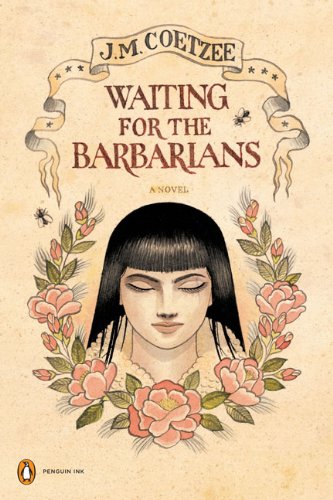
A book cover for Waiting for the Barbarians: A Novel (Penguin Ink) (The Penguin Ink Series); J. M. Coetzee; Literature & Fiction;